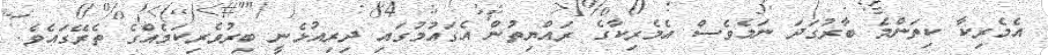
އެމެރިކާ ކިތަންމެ ބާރުގަދަ ނަމެވެސް އެމެރިކާގެ ރައްޔިތުން އެގައުމުގައި ދިރިއުޅެނީ ބިރުވެރިކަމެއްގެ ތެރޭގައެވެ.